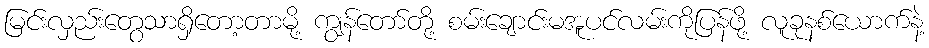
မြင်းလှည်းတွေသာရှိတော့တာမို့ ကျွန်တော်တို့ စမ်းချောင်းမအူပင်လမ်းကိုပြန်ဖို့ လူခုနစ်ယောက်နဲ့